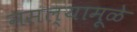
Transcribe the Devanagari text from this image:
नसल्यामूळे